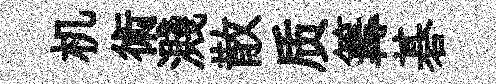
机術濺散质篝碁